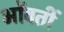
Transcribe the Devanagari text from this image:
भोंवतीं